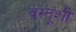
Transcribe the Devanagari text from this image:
वस्तूशी